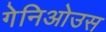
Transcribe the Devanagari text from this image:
गेनिओउस